Report of the Indian Hemp Drugs Commission, 1894-1895 - Volume VII
Year: 1894
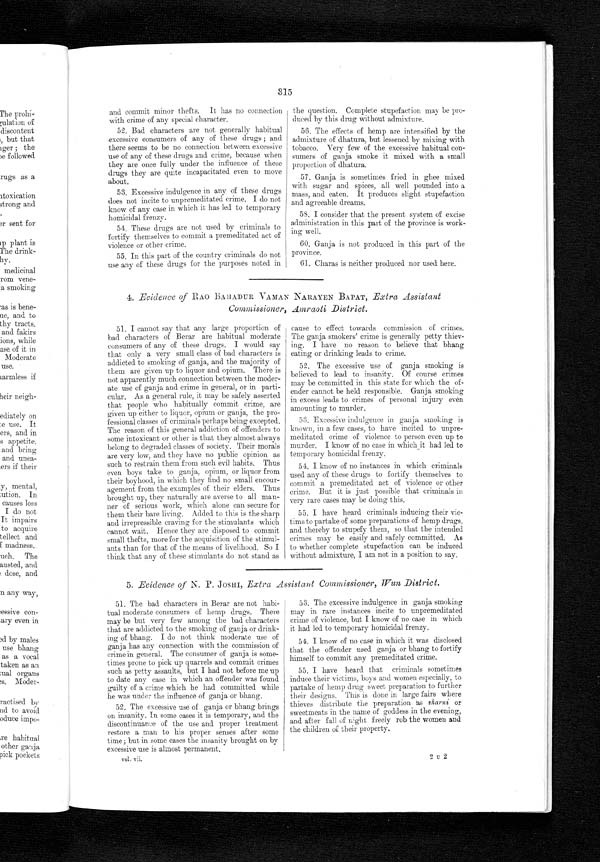
315
and commit minor thefts. It has no connection
with crime of any special character.
52. Bad characters are not generally habitual
-excessive consumers of any of these drugs ; and
there seems to be no connection between excessive
use of any of these drugs and crime, because when
they are once fully under the influence of these
drugs they are quite incapacitated even to move
.about.
53. Excessive indulgence in any of these drugs
does not incite to unpremeditated crime. I do not
know of any case in which it has led to temporary
homicidal frenzy.
54. These drugs are not used by criminals to
fortify themselves to commit a premeditated act of
violence or other crime.
55. In this part of the country criminals do not
use any of these drugs for the purposes noted in
the question. Complete stupefaction may be pro-
duced by this drug without admixture.
56. The effects of hemp are intensified by the
admixture of dhatura, but lessened by mixing with
tobacco. Very few of the excessive habitual con-
sumers of ganja smoke it mixed with a small
proportion of dhatura.
57. Ganja is sometimes fried in ghee mixed
with sugar and spices, all well pounded into a
mass, and eaten. It produces slight stupefaction
and agreeable dreams.
58. I consider that the present system of excise
administration in this part of the province is work-
ing well.
60. Ganja is not produced in this part of the
province.
61. Charas is neither produced nor used here.
4 . Evidence of RAO BAHADUR VAMAN NARAYEN BAPAT, Extra Assistant
Commissioner, Amraoti District.
51. I cannot say that any large proportion of
bad characters of Berar are habitual moderate
consumers of any of these drugs. I would say
that only a very small class of bad characters is
addicted to smoking of ganja, and the majority of
them are given up to liquor and opium. There is
not apparently much connection between the moder-
ate use of ganja and crime in general, or in parti-
cular. As a general rule, it may be safely asserted
that people who habitually commit crime, are
given up either to liquor, opium or ganja, the pro-
fessional classes of criminals perhaps being excepted.
The reason of this general addiction of offenders to
some intoxicant or other is that they almost always
belong to degraded classes of society. Their morals
are very low, and they have no public opinion as
such to restrain them from such evil habits. Thus
even boys take to ganja, opium, or liquor from
t h e i r b o y h o o d , i n w h i c h t h e y f i n d n o s m a l l e n c o u r -
agement from the examples of their elders, Thus
brought up, they naturally are averse to all man-
ner of serious work, which alone can secure for
them their bare living. Added to this is the sharp
and irrepressible craving for the stimulants which
cannot wait. Hence they are disposed to commit
small thefts, more for the acquisition of the stimul-
ants than for that of the means of livelihood. So I
think that any of these stimulants do not stand as
cause to effect towards commission of crimes.
The ganja smokers' crime is generally petty thiev-
ing. I have no reason to believe that bhang
eating or drinking leads to crime.
52. The excessive use of ganja smoking is
believed to lead to insanity. Of course crimes
may be committed in this state for which the of-
ender cannot be held responsible. Ganja smoking
in excess leads to crimes of personal injury even
amounting to murder.
53. Excessive indulgence in ganja smoking is
known, in a few cases, to have incited to unpre-
meditated crime of violence to person even up to
murder. I know of no case in which it had led to
temporary homicidal frenzy.
54. I know of no instances in which criminals
used any of these drugs to fortify themselves to
commit a premeditated act of violence or other
crime. But it is just possible that criminals in
very rare cases may be doing this.
55. I have heard criminals inducing their vic-
tims to partake of some preparations of hemp drugs,
and thereby to stupefy them, so that the intended
crimes may be easily and safely committed. As
to whether complete stupefaction can be induced
without admixture, I am not in a position to say.
5. Evidence of N. P. JOSHI, Extra Assistant Commissioner, Wun District.
51. The bad characters in Berar are not habi-
tual moderate consumers of hemp drugs. There
may be but very few among the bad characters
that are addicted to the smoking of ganja or drink-
ing of bhang. I do not think moderate use of
ganja has any connection with the commission of
crime in general. The consumer of ganja is some-
times prone to pick up quarrels and commit crimes
such as petty assaults, but I had not before me up
to date any case in which an offender was found
guilty of a crime which he had committed while
he was under the influence of ganja or bhang.
52. The excessive use of ganja or bhang brings
on insanity. In some cases it is temporary, and the
discontinuance of the use and proper treatment
restore a man to his proper senses after some
time; but in some cases the insanity brought on by
excessive use is almost permanent.
vol, vii.
53. The excessive indulgence in ganja smoking,
may in rare instances incite to unpremeditated
crime of violence, but I know of no case in which
it had led to temporary homicidal frenzy.
54. I know of no case in which it was disclosed
that the offender used ganja or bhang to fortify
himself to commit any premeditated crime.
55. I have heard that criminals sometimes
induce their victims, boys and women especially, to
partake of hemp drug sweet preparation to further
their designs. This is done in large fairs where
thieves distribute the preparation as sharni or
sweetmeats in the name of goddess in the evening,
and after fall of night freely rob the women and
the children of their property.
2 u 2